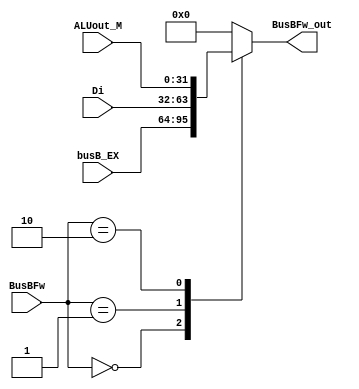
//ALUB
module EX_Mul3BusBFw (
    //control port
    input [1:0] BusBFw,

    //input data
    input [31:0] busB_EX,
    input [31:0] Di,
    input [31:0] ALUout_M,
    

    output reg [31:0] BusBFw_out
);

always @(*) begin
    case (BusBFw)
        2'b00: begin
            BusBFw_out <= busB_EX;
        end 

        2'b01:begin
            BusBFw_out <= Di;
        end

        2'b10:begin
            BusBFw_out <= ALUout_M;
        end
        
        default:begin
            BusBFw_out <= 32'h0000_0000;
        end 
    endcase
end


endmodule